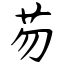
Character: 芴